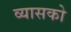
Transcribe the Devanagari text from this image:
व्यासको